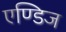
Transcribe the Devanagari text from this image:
एण्डिज